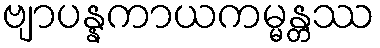
ဗျာပန္နကာယကမ္မန္တဿ